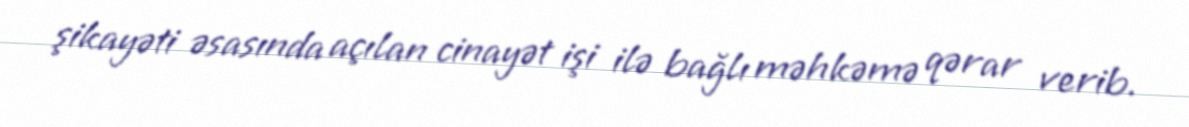
şikayəti əsasında açılan cinayət işi ilə bağlı məhkəmə qərar verib.